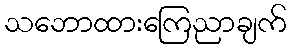
သဘောထားကြေညာချက်